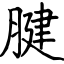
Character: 腱